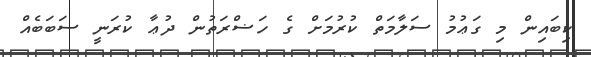
ކިބައިން މި ގަޢުމު ސަލާމަތް ކުރުމަށް ގެ ހަޟްރަތުން ދުޢާ ކުރަނީ ސަބަބެއް